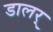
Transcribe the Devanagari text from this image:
डालर्